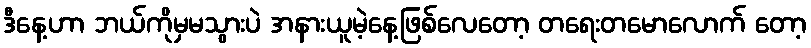
ဒီနေ့ဟာ ဘယ်ကိုမှမသွားပဲ အနားယူမဲ့နေ့ဖြစ်လေတော့ တရေးတမောလောက် တော့